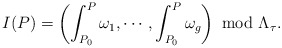
\begin{align*}I(P)=\left(\int_{P_0}^P\omega_1,\cdots,\int_{P_0}^P\omega_g\right)\ {\rm mod}\ \Lambda_\tau.\end{align*}